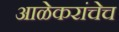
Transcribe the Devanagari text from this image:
आळेकरांचेच